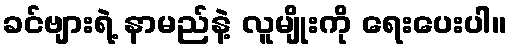
ခင်ဗျားရဲ့ နာမည်နဲ့ လူမျိုးကို ရေးပေးပါ။